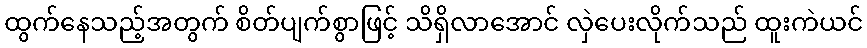
ထွက်နေသည့်အတွက် စိတ်ပျက်စွာဖြင့် သိရှိလာအောင် လှဲပေးလိုက်သည် ထူးကဲယင်